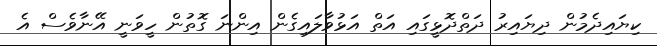
ކިޔައިދެމުން ދިޔައިރު ދަތްދޮޅީގައި އަތް އަޅުވާލައިގެން އިންނަ ގޮތުން ހީވަނީ އޭނާވެސް އެ